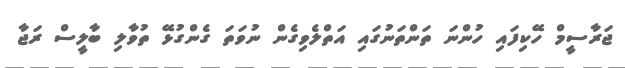
ޖަރާސީމް ހޭކިފައި ހުންނަ ތަންތަނުގައި އަތްލެވިގެން ނުވަތަ ގެންގުޅޭ ތުވާލި ބާލީސް ރަޖާ